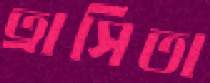
ত্রাসিতা